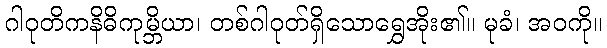
ဂါဝုတိကနိဓိကုမ္ဘိယာ၊ တစ်ဂါဝုတ်ရှိသောရွှေအိုး၏။ မုခံ၊ အဝကို။